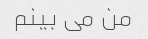
من می بینم